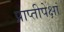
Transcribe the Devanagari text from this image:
प्राप्तीपेक्षां